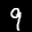
Label: 9